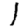
Digit: 1